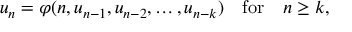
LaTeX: u _ { n } = \varphi ( n , u _ { n - 1 } , u _ { n - 2 } , \ldots , u _ { n - k } ) \quad { \mathrm { f o r } } \quad n \geq k ,